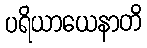
ပရိယာယေနာတိ